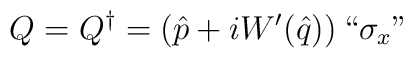
Q=Q^\dagger=\left(\hat{p}+iW'(\hat{q})\right)``\sigma_x"